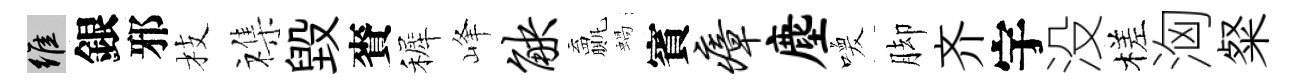
維銀邪枝襍毁賚裤峰觖贏蝸賓瘴麈喚脚齐宇没槎洶粲